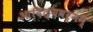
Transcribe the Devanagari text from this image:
आदित्यवर्मन्‌